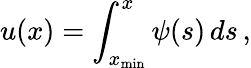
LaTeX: u(x)=\int_{x_{\mathrm{min}}}^{x}\psi(s)\, ds\, ,